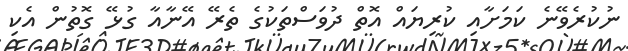
ނުކުރެވޭނެ ކަމަށާއި ކުރިޔައް އޮތް ދުވަސްތަކުގެ ތެރޭ އޭނާއާ ގުޅޭ ގޮތުން އެކި